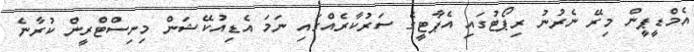
އެމްޑީޕީން މިރޭ ނެރުނު ރިޕޯޓުގައި އެޕާޓީގެ ސަރުކާރެއްގައި ނަމަ އެޑިއުކޭޝަން މިނިސްޓްރީން ކުރާނެ